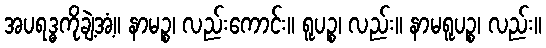
အပရဒ္ဓကိုချဲ့အံ့။ နာမဉ္စ၊ လည်းကောင်း။ ရူပဉ္စ၊ လည်း။ နာမရူပဉ္စ၊ လည်း။